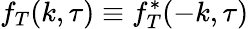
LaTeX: f_{T}(k,\tau)\equiv f_{T}^{*}(-k,\tau)